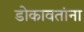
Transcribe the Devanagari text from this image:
डोकावतांना